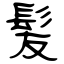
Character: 髪